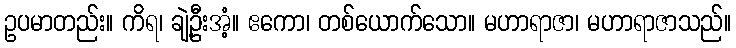
ဥပမာတည်း။ ကိရ၊ ချဲ့ဦးအံ့။ ဧကော၊ တစ်ယောက်သော။ မဟာရာဇာ၊ မဟာရာဇာသည်။